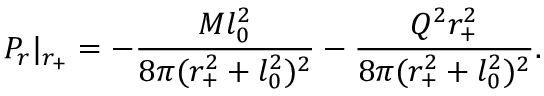
P _ { r } | _ { r _ { + } } = - \frac { M l _ { 0 } ^ { 2 } } { 8 \pi ( r _ { + } ^ { 2 } + l _ { 0 } ^ { 2 } ) ^ { 2 } } - \frac { Q ^ { 2 } r _ { + } ^ { 2 } } { 8 \pi ( r _ { + } ^ { 2 } + l _ { 0 } ^ { 2 } ) ^ { 2 } } .